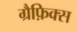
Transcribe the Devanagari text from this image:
ग्रैफ़िक्स